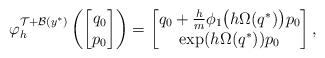
\begin{align*} \varphi_h^{\mathcal{T} + \mathcal{B}(y^*)} \left( \begin{bmatrix} q_0 \\ p_0 \end{bmatrix} \right)= \begin{bmatrix} q_0 + \frac{h}{m} \phi_1 \big(h\Omega(q^*)\big) p_0 \\ \exp(h \Omega(q^*)) p_0 \end{bmatrix},\end{align*}